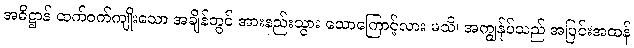
အဓိဋ္ဌာန် ထက်ဝက်ကျိုးသော အချိန်တွင် အားနည်းသွား သောကြောင့်လား မသိ၊ အကျွန်ုပ်သည် အပြင်းအထန်